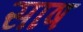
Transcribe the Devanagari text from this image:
साष